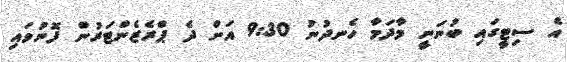
އެ ސިޓީގައި ބުނަނީ މާދަމާ ހެނދުނު 9:30 އަށް ދެ ޕްރެޒެންޓަރުން ފޮނުވައި